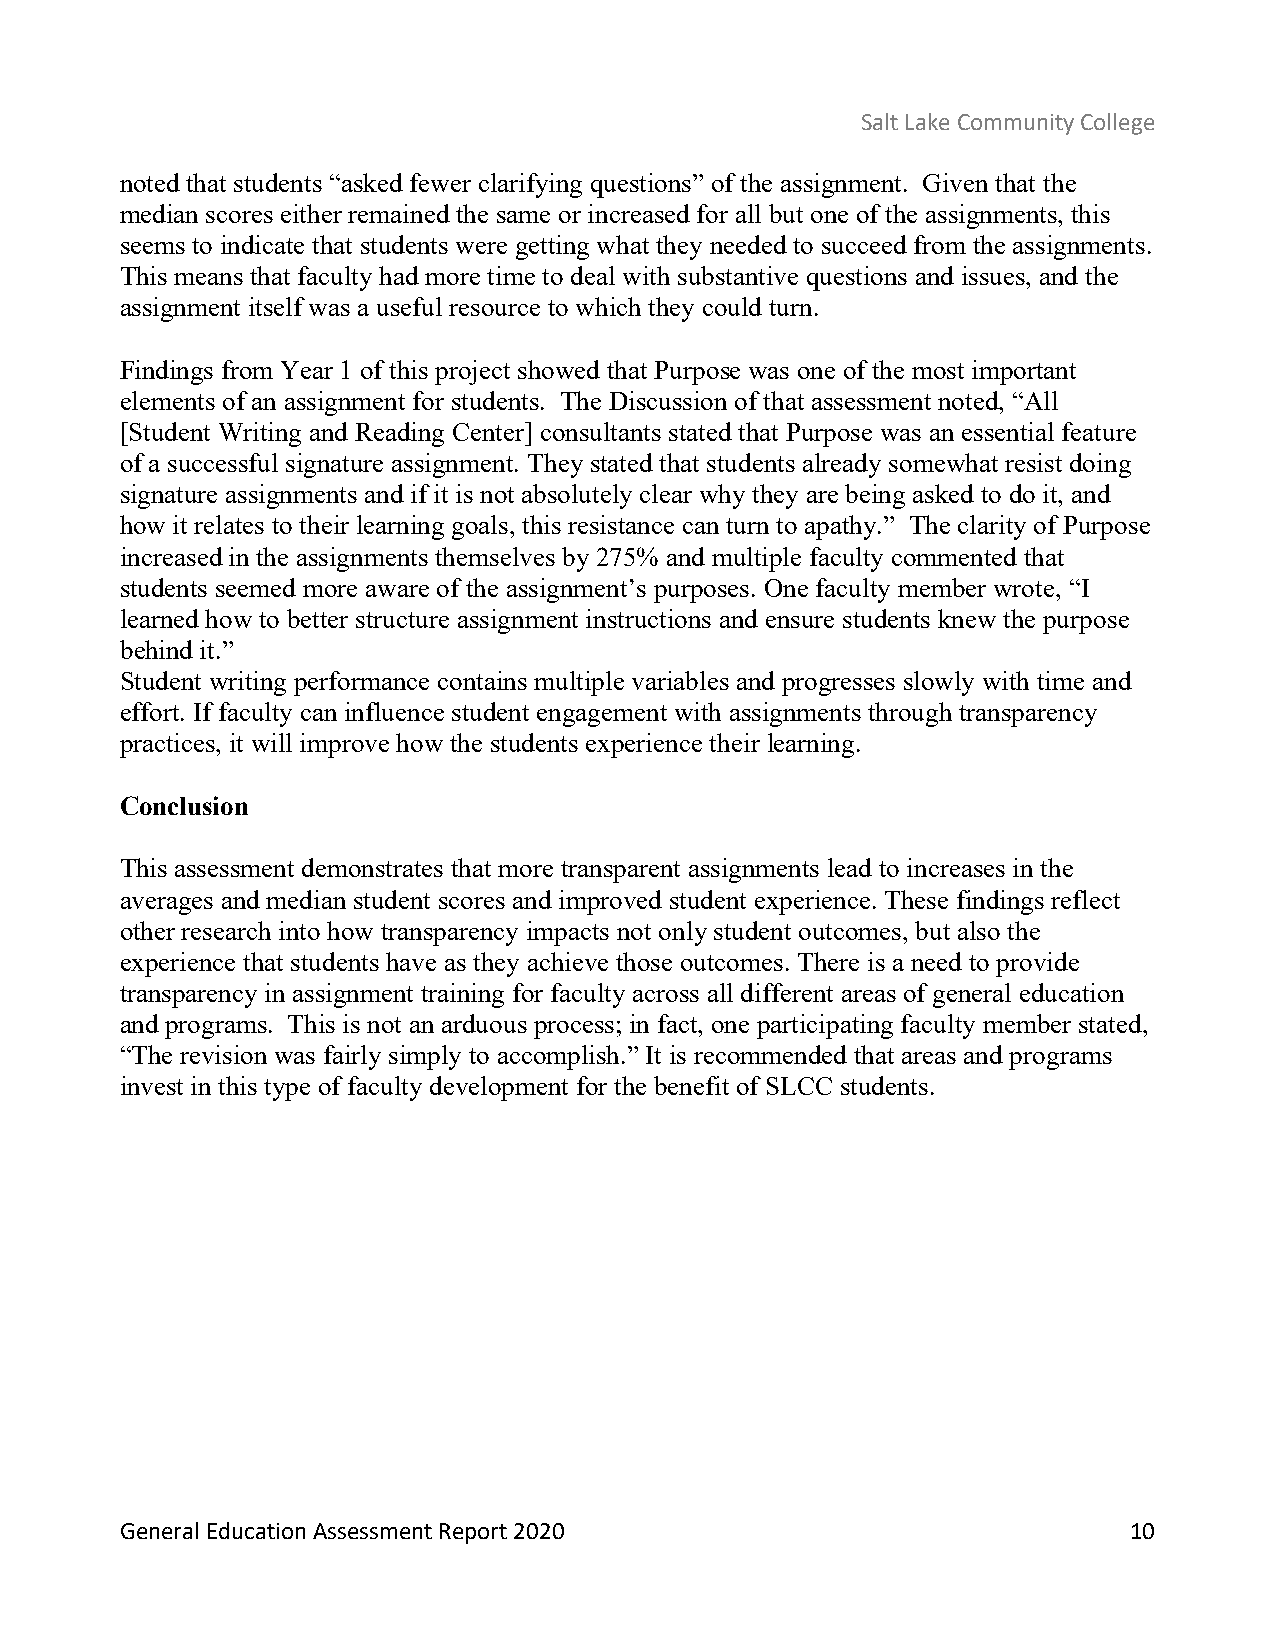
Salt Lake Community College
 noted that students “asked fewer clarifying questions” of the assignment. Given that the
 median scores either remained the same or increased for all but one of the assignments, this
 seems to indicate that students were getting what they needed to succeed from the assignments.
 This means that faculty had more time to deal with substantive questions and issues, and the
 assignment itself was a useful resource to which they could turn.
 Findings from Year 1 of this project showed that Purpose was one of the most important
 elements of an assignment for students. The Discussion of that assessment noted, “All
 [Student Writing and Reading Center] consultants stated that Purpose was an essential feature
 of a successful signature assignment. They stated that students already somewhat resist doing
 signature assignments and if it is not absolutely clear why they are being asked to do it, and
 how it relates to their learning goals, this resistance can turn to apathy.” The clarity of Purpose
 increased in the assignments themselves by 275% and multiple faculty commented that
 students seemed more aware of the assignment’s purposes. One faculty member wrote, “I
 learned how to better structure assignment instructions and ensure students knew the purpose
 behind it.”
 Student writing performance contains multiple variables and progresses slowly with time and
 effort. If faculty can influence student engagement with assignments through transparency
 practices, it will improve how the students experience their learning.
 Conclusion
 This assessment demonstrates that more transparent assignments lead to increases in the
 averages and median student scores and improved student experience. These findings reflect
 other research into how transparency impacts not only student outcomes, but also the
 experience that students have as they achieve those outcomes. There is a need to provide
 transparency in assignment training for faculty across all different areas of general education
 and programs. This is not an arduous process; in fact, one participating faculty member stated,
 “The revision was fairly simply to accomplish.” It is recommended that areas and programs
 invest in this type of faculty development for the benefit of SLCC students.
 General Education Assessment Report 2020                           10